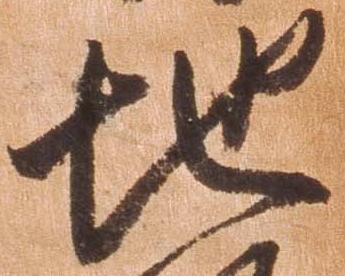
地